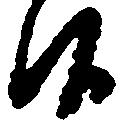
候